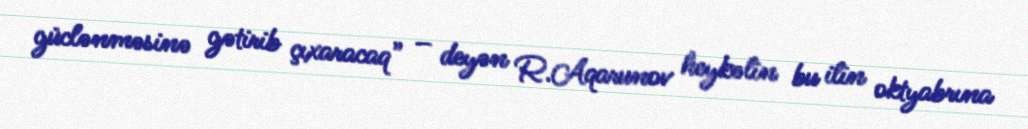
güclənməsinə gətirib çıxaracaq” – deyən R.Aqarunov heykəlin bu ilin oktyabrına